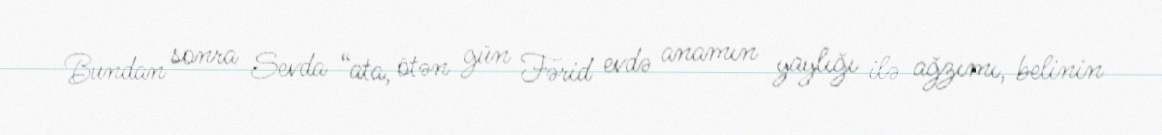
Bundan sonra Sevda “ata, ötən gün Fərid evdə anamın yaylığı ilə ağzımı, belinin